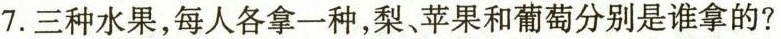
7.三种水果，每人各拿一种，梨、苹果和葡萄分别是谁拿的?